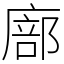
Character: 廍